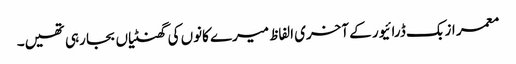
معمر ازبک ڈرائیور کے آخری الفاظ میرے کانوں کی گھنٹیاں بجا رہی تھیں۔